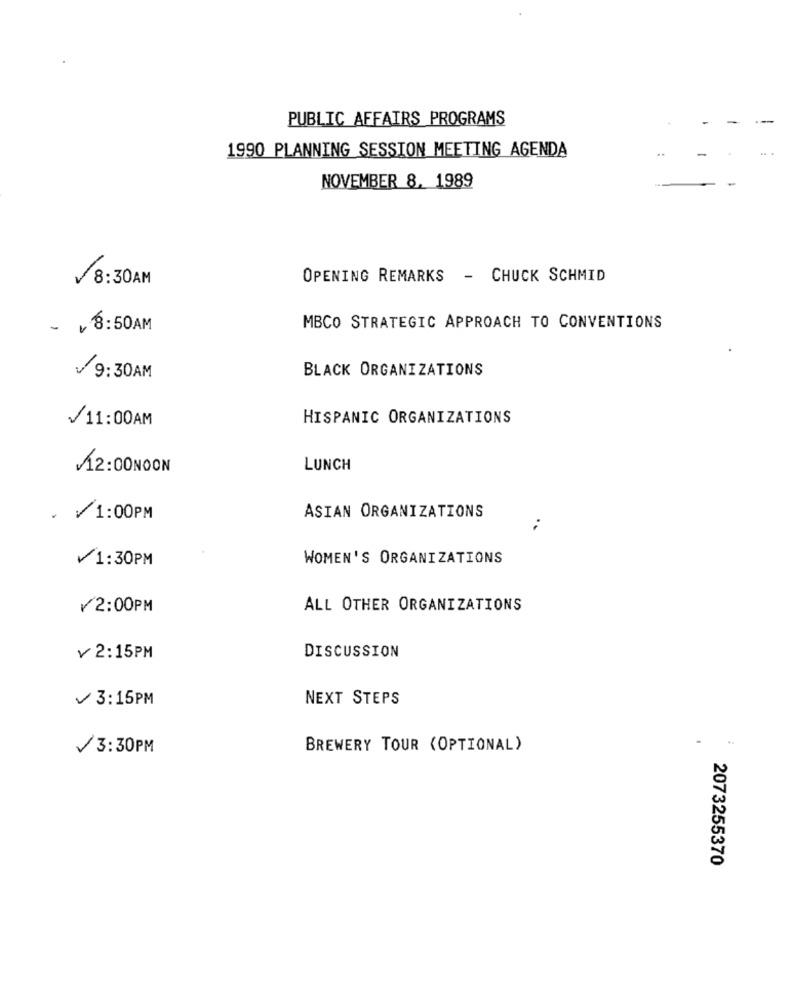
PUBLIC AFFAIRS PROGRAMS
1990 PLANNING SESSION MEETING AGENDA
NOVEMBER 8. 1989
8:30AM
-
OPENING REMARKS - CHUCK SCHMID
- ¥ 8:50AM
MBCO STRATEGIC APPROACH TO CONVENTIONS
BLACK ORGANIZATIONS
9:30AM
11:00AM
HISPANIC ORGANIZATIONS
12:00NOON
LUNCH
. 1:00PM
ASIAN ORGANIZATIONS
¥1:30PM
WOMEN'S ORGANIZATIONS
¥2:00PM
ALL OTHER ORGANIZATIONS
DISCUSSION
¥ 2:15PM
3:15PM
NEXT STEPS
3:30PM
BREWERY TOUR (OPTIONAL)
2073255370